Vaccination report Assam 1896-1927 - 1896-1927
Year: 1896
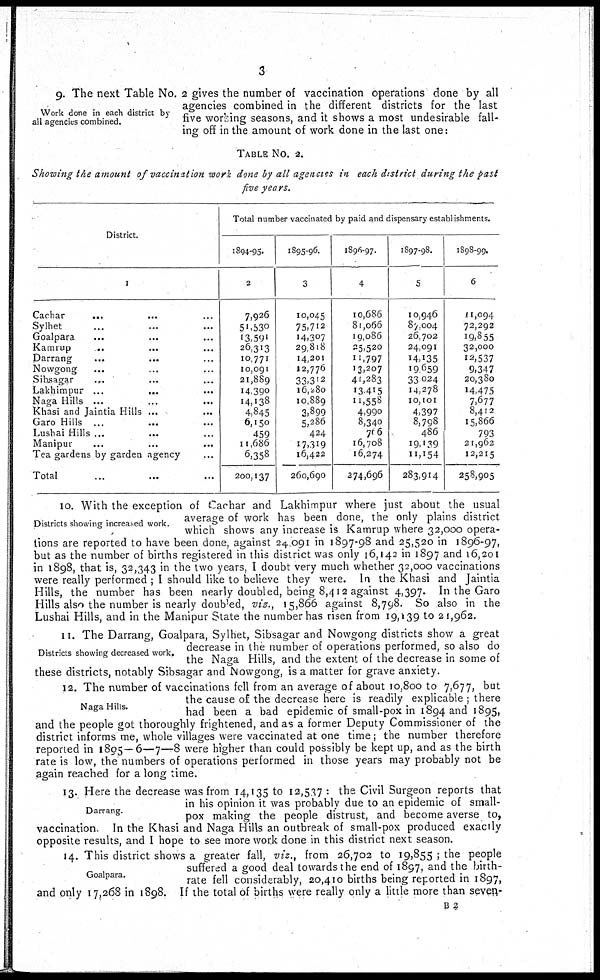
3
Work done in each district by
all agencies combined.
9. The next Table No. 2 gives the number of vaccination operations done by all
agencies combined in the different districts for the last
five working seasons, and it shows a most undesirable fall-
ing off in the amount of work done in the last one:
TABLE NO. 2.
Showing the amount of vaccination work done by all agencies in each district during the past
five years.
District.
1
Carhar...
...
...
Sylhet... ... ...
Goalpara... ...
Kamrup...
...
Darrang... ...
Nowgong...
...
Sibsagar... ...
Lakhimpur... ...
Naga Hills... ...
Khasi and Jaintia Hills ...
Garo
Hills...
...
Lushai Hills... ...
Manipur... ...
Tea gardens by garden agency...
Total...
Total number vaccinated
1894-95.
2
7,926
51,530
13,591
26,313
10,771
10,091
21,889
14,390
14,138
4,845
6,150
459
11,686
6,358
200,137
1895-96.
3
10,045
75,712
14,307
29,818
14,301
12,776
33,312
16,280
10,889
3,899
5,286
424
17,319
16,422
260,690
by paid and dispensary establishments.
1896-97.
4
10,686
81,066
19,086
25,520
11,797
13,207
41,283
13,415
11,558
4,990
8,340
766
16,708
16,274
274,696
1897-98.
5
10,946
87,004
26,702
24,091
14,135
19,659
33,024
14,278
10,101
4,397
8,798
486
19,139
11,154
283,914
1898-99.
6
11,094
72,292
19,855
32,000
12,537
9,347
20,380
14,475
7,677
8,412
15,866
793
21,962
12,215
258,905
Districts showing increased work.
10. With the exception of Cachar and Lakhimpur where just about the usual
average of work has been done, the only plains district
which shows any increase is Kamrup where 32,000 opera-
tions are reported to have been done, against 24,091 in 1897-98 and 25,520 in 1896-97,
but as the number of births registered in this district was only 16,142 in 1897 and 16,201
in 1898, that is, 32,343 in the two years, I doubt very much whether 32,000 vaccinations
were really performed ; I should like to believe they were. In the Khasi and Jaintia
Hills, the number has been nearly doubled, being 8,412 against 4,397. In the Garo
Hills also the number is nearly doubled, viz., 15,866 against 8,798. So also in the
Lushai Hills, and in the Manipur State the number has risen from 19,139 to 21,962.
Districts showing decreased work.
11. The Darrang, Goalpara, Sylhet, Sibsagar and Nowgong districts show a great
decrease in the number of operations performed, so also do
the Naga Hills, and the extent of the decrease in some of
these districts, notably Sibsagar and Nowgong, is a matter for grave anxiety.
Naga Hills.
12. The number of vaccinations fell from an average of about 10,800 to 7,677, but
the cause of the decrease here is readily explicable ; there
had been a bad epidemic of small-pox in 1894 and 1895,
and the people got thoroughly frightened, and as a former Deputy Commissioner of the
district informs me, whole villages were vaccinated at one time; the number therefore
reported in 1805—6—7—8 were higher than could possibly be kept up, and as the birth
rate is low, the numbers of operations performed in those years may probably not be
again reached for a long time.
Darrang.
13. Here the decrease was from 14,135 to 12,537 : the Civil Surgeon reports that
in his opinion it was probably due to an epidemic of small-
pox making the people distrust, and become averse to,
vaccination. In the Khasi and Naga Hills an outbreak of small-pox produced exactly
opposite results, and I hope to see more work done in this district next season.
Goalpara.
14. This district shows a greater fall, viz., from 26,702 to 19,855 ; the people
suffered a good deal towards the end of 1897, and the birth-
rate fell considerably, 20,410 births being reported in 1897,
and only 17,268 in 1898. If the total of births were really only a little more than seven .
B 2